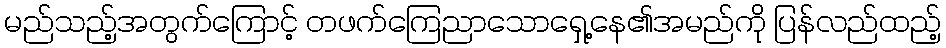
မည်သည့်အတွက်ကြောင့် တဖက်ကြေညာသောရှေ့နေ၏အမည်ကို ပြန်လည်ထည့်